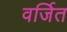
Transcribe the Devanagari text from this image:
वर्जित